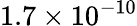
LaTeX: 1.7\times 10^{-10}